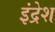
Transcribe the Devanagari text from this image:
इंद्रेश